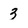
Character: 3